Indian journal of veterinary science and animal husbandry - Volumes 15-17, 1948-1951
Year: 1948
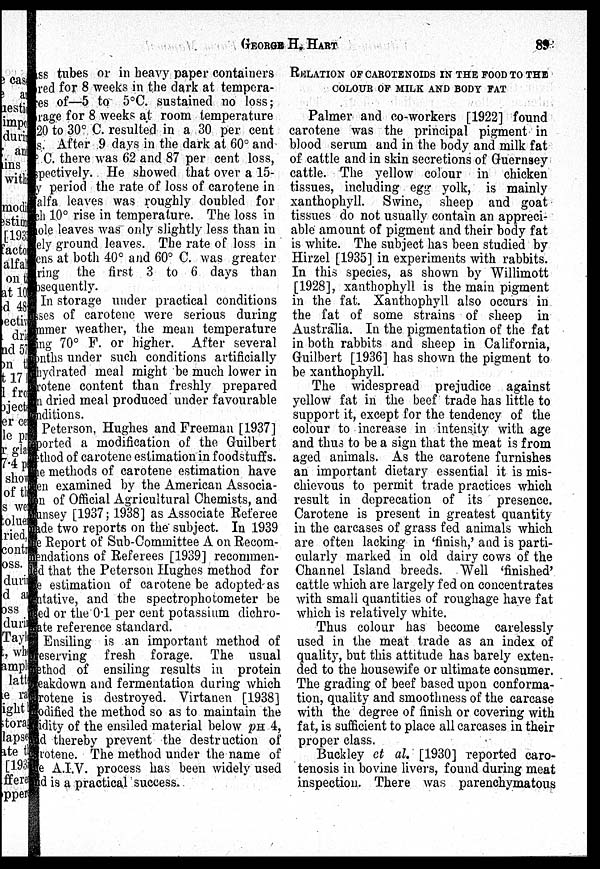
GEORGE
H.
HART
89
ss tubes or in heavy paper containers
red for 8 weeks in the dark at tempera-
-s of—5 to 5°C. sustained no loss ;
rage for 8 weeks at room temperature
20 to 30° C. resulted in a 30 per cent
s. After 9 days in the dark at 60° and
C. there was 62 and 87 per cent loss,
respectively. He showed that over a 15-
y period the rate of loss of carotene in
alfa leaves was roughly doubled for
ch 10° rise in temperature. The loss in
ole leaves was only slightly less than in
ely ground leaves. The rate of loss in
cns at both 40° and 60° C. was greater
bring the first 3 to 6 days than
absequently.
In storage under practical conditions
sses of carotene were serious during
summer weather, the mean temperature
ing 70° F. or higher. After several
months under such conditions artificially
dehydrated meal might be much lower in
crotene content than freshly prepared
n dried meal produced under favourable
conditions.
Peterson, Hughes and Freeman [1937]
supported a modification of the Guilbert
method of carotene estimation in foodstuffs.
ne methods of carotene estimation have
en examined by the American Associa-
in of Official Agricultural Chemists, and
unsey [1937; 1938] as Associate Referee
made two reports on the" subject. In 1939
ne Report of Sub-Committee A on Reeom-
mendations of Referees [1939] recommen-
ded that the Peterson Hughes method for
estimation of carotene be adopted as
entative, and the spectrophotometer be
used or the 0.1 per cent potassium dichro-
mate reference standard.
Ensiling is an important method of
preserving fresh forage. The usual
method of ensiling results in protein
breakdown and fermentation during which
crotene is destroyed. Virtanen [1938]
modified the method so as to maintain the
idity of the ensiled material below pH 4,
and thereby prevent the destruction of
crotene. The method under the name of
the A.I.V. process has been widely used
and is a practical success.
RELATION OF CAROTENOIDS IN THE FOOD TO T
COLOUR OF MILK AND BODY FAT
Palmer and co-workers [1922] found
carotene was the principal pigment in
blood serum and in the body and milk fat
of cattle and in skin secretions of Guernsey
cattle. The yellow colour in chicken
tissues, including egg yolk, is mainly
xanthophyll. Swine, sheep and goat
tissues do not usually contain an appreci-
able amount of pigment and their body fat
is white. The subject has been studied by
Hirzel [1935] in experiments with rabbits.
In this species, as shown by Willimott
[1928], xanthophyll is the main pigment
in the fat. Xanthophyll also occurs in
the fat of some strains of sheep in
Australia. In the pigmentation of the fat
in both rabbits and sheep in California,
Guilbert [1936] has shown the pigment to
be xanthophyll.
The widespread prejudice against
yellow fat in the beef trade has little to
support it, except for the tendency of the
colour to increase in intensity with age
and thus to be a sign that the meat is from
aged animals. As the carotene furnishes
an important dietary essential it is mis-
chievous to permit trade practices which
result in deprecation of its presence.
Carotene is present in greatest quantity
in the carcases of grass fed animals which
are often lacking in 'finish,' and is parti-
cularly marked in old dairy cows of the
Channel Island breeds. Well 'finished'
cattle which are largely fed on concentrates
with small quantities of roughage have fat
which is relatively white.
Thus colour has become carelessly
used in the meat trade as an index of
quality, but this attitude has barely exten-
ded to the housewife or ultimate consumer.
The grading of beef based upon conforma-
tion, quality and smoothness of the carcase
with the degree of finish or covering with
fat, is sufficient to place all carcases in their
proper class.
Buckley et al. [1930] reported caro-
tenosis in bovine livers, found during meat
inspection. There was parenchymatous